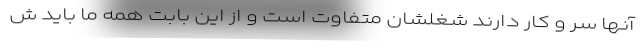
آنها سر و کار دارند شغلشان متفاوت است و از این بابت همه ما باید ش